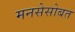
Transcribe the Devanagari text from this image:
मनसेसोबत